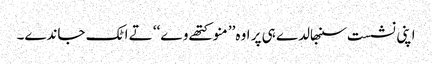
اپنی نشست سنبھالدے ہی پر اوہ’’ منو کتھے وے‘‘ تے اٹک جاندے۔